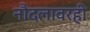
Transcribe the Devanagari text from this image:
नौदलावरही